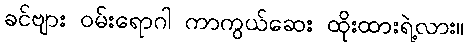
ခင်ဗျား ဝမ်းရောဂါ ကာကွယ်ဆေး ထိုးထားရဲ့လား။